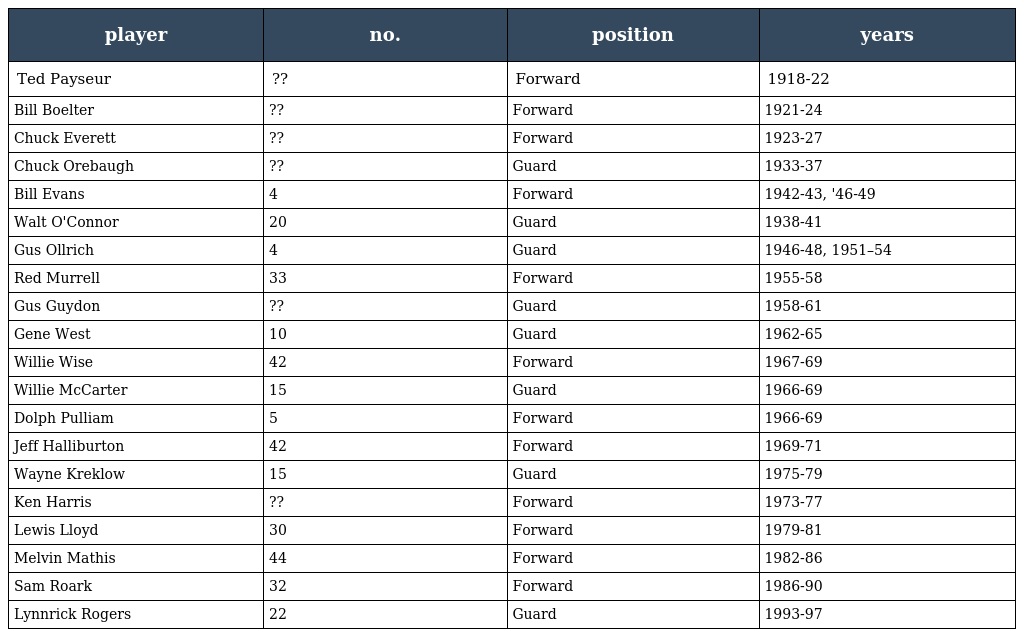
| player | no. | position | years |
 | --- | --- | --- | --- |
 | Ted Payseur | ?? | Forward | 1918-22 |
 | Bill Boelter | ?? | Forward | 1921-24 |
 | Chuck Everett | ?? | Forward | 1923-27 |
 | Chuck Orebaugh | ?? | Guard | 1933-37 |
 | Bill Evans | 4 | Forward | 1942-43, '46-49 |
 | Walt O'Connor | 20 | Guard | 1938-41 |
 | Gus Ollrich | 4 | Guard | 1946-48, 1951–54 |
 | Red Murrell | 33 | Forward | 1955-58 |
 | Gus Guydon | ?? | Guard | 1958-61 |
 | Gene West | 10 | Guard | 1962-65 |
 | Willie Wise | 42 | Forward | 1967-69 |
 | Willie McCarter | 15 | Guard | 1966-69 |
 | Dolph Pulliam | 5 | Forward | 1966-69 |
 | Jeff Halliburton | 42 | Forward | 1969-71 |
 | Wayne Kreklow | 15 | Guard | 1975-79 |
 | Ken Harris | ?? | Forward | 1973-77 |
 | Lewis Lloyd | 30 | Forward | 1979-81 |
 | Melvin Mathis | 44 | Forward | 1982-86 |
 | Sam Roark | 32 | Forward | 1986-90 |
 | Lynnrick Rogers | 22 | Guard | 1993-97 |